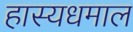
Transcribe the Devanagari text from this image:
हास्यधमाल